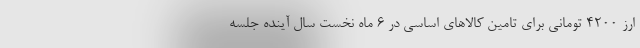
ارز ۴۲۰۰ تومانی برای تامین کالاهای اساسی در ۶ ماه نخست سال آینده جلسه